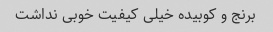
برنج و کوبیده خیلی کیفیت خوبی نداشت